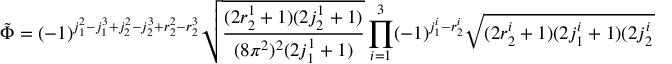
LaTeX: \tilde { \Phi } = ( - 1 ) ^ { j _ { 1 } ^ { 2 } - j _ { 1 } ^ { 3 } + j _ { 2 } ^ { 2 } - j _ { 2 } ^ { 3 } + r _ { 2 } ^ { 2 } - r _ { 2 } ^ { 3 } } \sqrt { \frac { ( 2 r _ { 2 } ^ { 1 } + 1 ) ( 2 j _ { 2 } ^ { 1 } + 1 ) } { ( 8 \pi ^ { 2 } ) ^ { 2 } ( 2 j _ { 1 } ^ { 1 } + 1 ) } } \prod _ { i = 1 } ^ { 3 } ( - 1 ) ^ { j _ { 1 } ^ { i } - r _ { 2 } ^ { i } } \sqrt { ( 2 r _ { 2 } ^ { i } + 1 ) ( 2 j _ { 1 } ^ { i } + 1 ) ( 2 j _ { 2 } ^ { i } + 1 ) } .